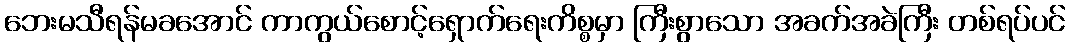
ဘေးမသီရန်မခအောင် ကာကွယ်စောင့်ရှောက်ရေးကိစ္စမှာ ကြီးစွာသော အခက်အခဲကြီး တစ်ရပ်ပင်